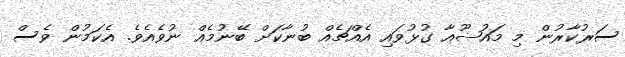
ސަރުކާރުން މި މައުޟޫއާ ގުޅުވައި އެއްޗެއް ބުނާކަށް ބޭނުމެއް ނުވެއެވެ. އެކަމުން ވެސް